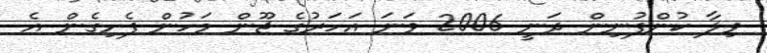
ވިލާ ކުންފުނިން ދަނީ 2006 ވަނަ އަހަރުގެ ޖޫން މަހުން ފެށިގެން އެ